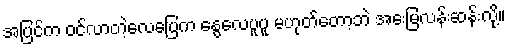
အပြင်က ဝင်လာတဲ့လေပြေက နွေလေပူပူ မဟုတ်တော့ဘဲ အေးမြလန်းဆန်းလို့။